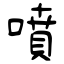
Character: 噴